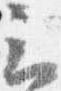
云